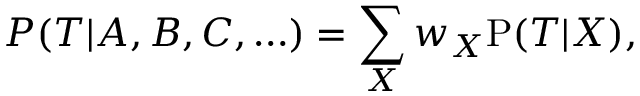
P ( { \cal T } | A , B , C , \ldots ) = \sum _ { X } w _ { X } \mathrm { P } ( { \cal T } | X ) ,